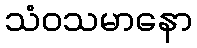
သံဝသမာနော